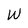
Character: W